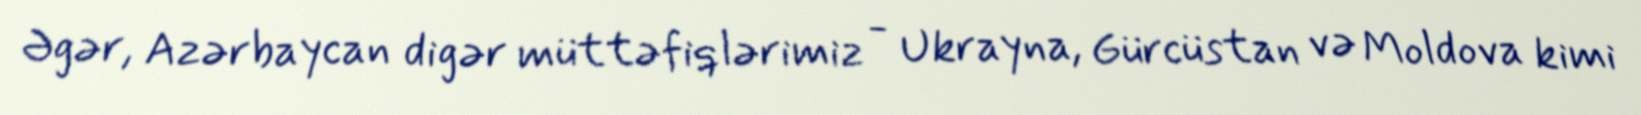
Əgər, Azərbaycan digər müttəfiqlərimiz - Ukrayna, Gürcüstan və Moldova kimi